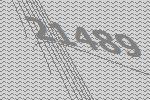
21489